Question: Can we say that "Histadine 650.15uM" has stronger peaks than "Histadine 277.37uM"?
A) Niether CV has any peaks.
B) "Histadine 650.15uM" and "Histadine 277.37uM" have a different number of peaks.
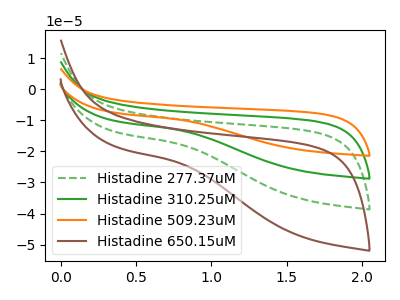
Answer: <think>The green dashed curve "Histadine 277.37uM" has no peaks. The green curve "Histadine 310.25uM" has no peaks. The orange curve "Histadine 509.23uM" has no peaks. The brown curve "Histadine 650.15uM" has no peaks.</think>
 <answer>A) Niether CV has any peaks.</answer>
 <eval>A</eval>